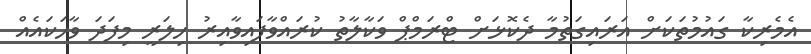
އެމެރިކާ ގައުމުތަކަށް އަރައިގަތުމާ ދެކޮޅަށް ޓްރަމްޕް ވަކާލާތު ކުރައްވާފައިވާއިރު ހިލަރީ މިފަދަ ވާހަކައެއް